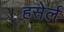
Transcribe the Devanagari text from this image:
हसेर्ल